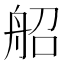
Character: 𦨣